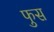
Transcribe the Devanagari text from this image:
फुस